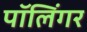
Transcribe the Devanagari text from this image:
पॉलिंगर